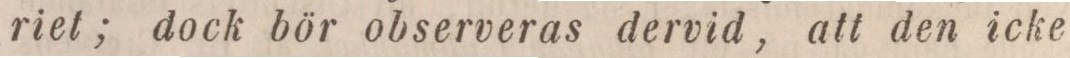
riet; dock bör observeras dervid, att den icke